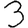
Digit: 3